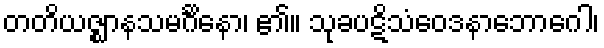
တတိယဇ္ဈာနသမင်္ဂိနော၊ ၏။ သုခပဋိသံဝေဒနာဘောဂေါ၊